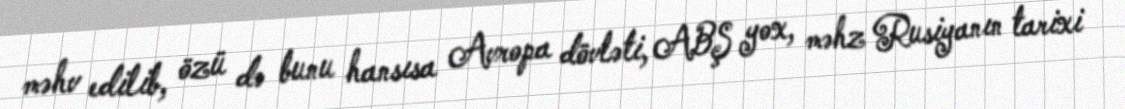
məhv edilib, özü də bunu hansısa Avropa dövləti, ABŞ yox, məhz Rusiyanın tarixi